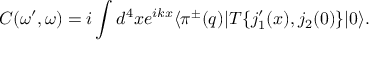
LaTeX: C ( \omega ^ { \prime } , \omega ) = i \int d ^ { 4 } x e ^ { i k x } \langle \pi ^ { \pm } ( q ) | T \{ j _ { 1 } ^ { \prime } ( x ) , j _ { 2 } ( 0 ) \} | 0 \rangle .